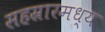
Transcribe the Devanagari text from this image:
सहस्रारमध्य